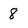
Character: 8